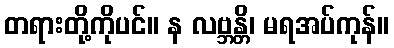
တရားတို့ကိုပင်။ န လဗ္ဘန္တိ၊ မရအပ်ကုန်။